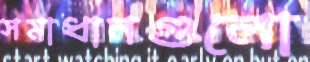
সমাধানগুলো